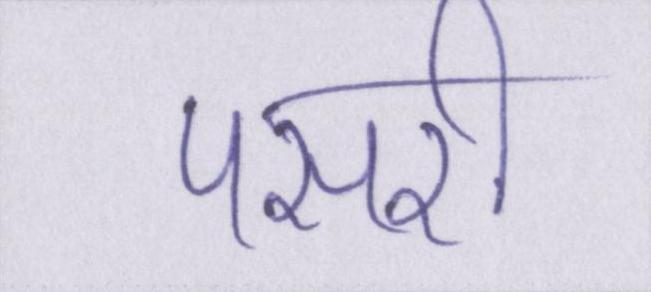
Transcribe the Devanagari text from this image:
पसरी